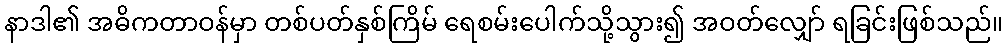
နာဒါ၏ အဓိကတာဝန်မှာ တစ်ပတ်နှစ်ကြိမ် ရေစမ်းပေါက်သို့သွား၍ အဝတ်လျှော် ရခြင်းဖြစ်သည်။